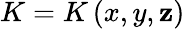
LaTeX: K=K\left(x,y,\mathbf{z}\right)